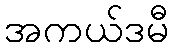
အကယ်ဒမီ